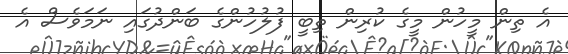
އެ ތިން މީހުން މީގެ ކުރިން ތިބީ ފުލުހުންގެ ބަންދުގައި ނަމަވެސް އެ